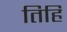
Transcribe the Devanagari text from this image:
तिहिं